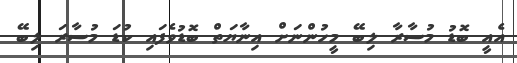
އެއީ ބޮޑު މުސާރާ ލިބޭ މީހުންނަށް އިނާޔަތް ބޮޑުވެފައި ކުޑަ މުސާރަ ލިބޭ